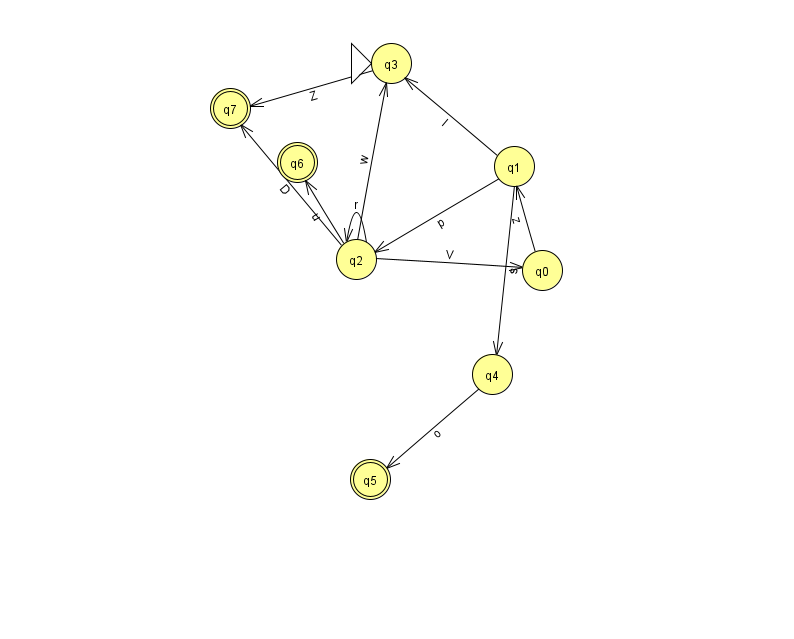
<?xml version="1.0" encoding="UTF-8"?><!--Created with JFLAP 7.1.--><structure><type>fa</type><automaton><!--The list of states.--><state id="0" name="q0"><x>542.0</x><y>257.0</y></state><state id="1" name="q1"><x>514.0</x><y>153.0</y></state><state id="2" name="q2"><x>356.0</x><y>246.0</y></state><state id="3" name="q3"><x>391.0</x><y>50.0</y><initial/></state><state id="4" name="q4"><x>492.0</x><y>361.0</y></state><state id="5" name="q5"><x>370.0</x><y>466.0</y><final/></state><state id="6" name="q6"><x>297.0</x><y>149.0</y><final/></state><state id="7" name="q7"><x>230.0</x><y>95.0</y><final/></state><!--The list of transitions.--><transition><from>2</from><to>2</to><read>r</read></transition><transition><from>2</from><to>7</to><read>D</read></transition><transition><from>1</from><to>4</to><read>s</read></transition><transition><from>2</from><to>0</to><read>V</read></transition><transition><from>3</from><to>7</to><read>Z</read></transition><transition><from>1</from><to>3</to><read>I</read></transition><transition><from>1</from><to>2</to><read>p</read></transition><transition><from>4</from><to>5</to><read>o</read></transition><transition><from>2</from><to>6</to><read>u</read></transition><transition><from>0</from><to>1</to><read>z</read></transition><transition><from>2</from><to>3</to><read>w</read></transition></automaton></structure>